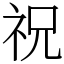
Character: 祝